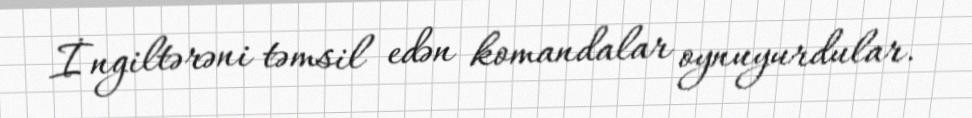
İngiltərəni təmsil edən komandalar oynuyurdular.